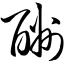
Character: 酬